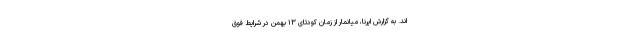
اند. به گزارش ایرنا، میانمار از زمان کودتای ۱۳ بهمن در شرایط فوق